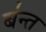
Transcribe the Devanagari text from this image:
ब॑न्त